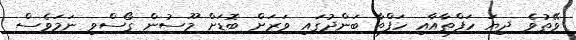
ވޭތުވެ ދިޔަ ހަފްތާއާއި ހަފްތާ ބަންދުގައި ވަރަށް ބޮޑަށް މޫސުން ގޯސްވި ނަމަވެސް